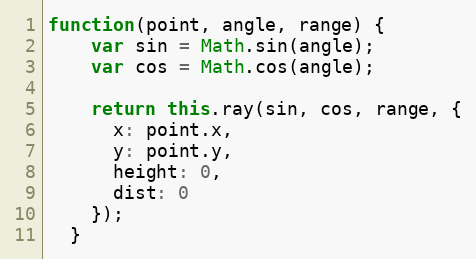
Language: JavaScript
function(point, angle, range) {
    var sin = Math.sin(angle);
    var cos = Math.cos(angle);

    return this.ray(sin, cos, range, {
      x: point.x,
      y: point.y,
      height: 0,
      dist: 0
    });
  }